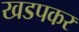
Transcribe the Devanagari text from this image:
खडपकर